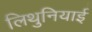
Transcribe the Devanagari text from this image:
लिथुनियाई